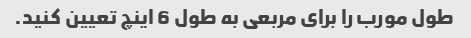
طول مورب را برای مربعی به طول 6 اینچ تعیین کنید.